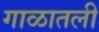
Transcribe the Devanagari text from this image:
गाळातली